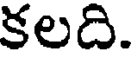
కలది.